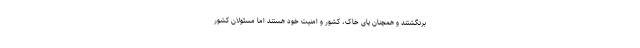
برنگشتند و همچنان پای خاک، کشور و امنیت خود هستند اما مسئولان کشور